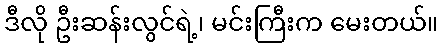
ဒီလို ဦးဆန်းလွင်ရဲ့၊ မင်းကြီးက မေးတယ်။